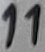
Text: 11